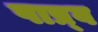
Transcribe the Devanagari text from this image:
पाष्र्व